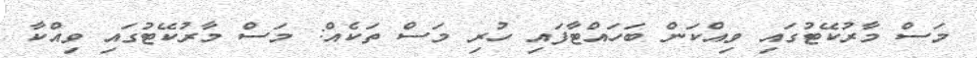
މަސް މާރުކޭޓުގައި ވިއްކަން ބަހައްޓާފައި ހުރި މަސް ތަކެއް: މަސް މާރުކޭޓުގައި ވިއްކާ